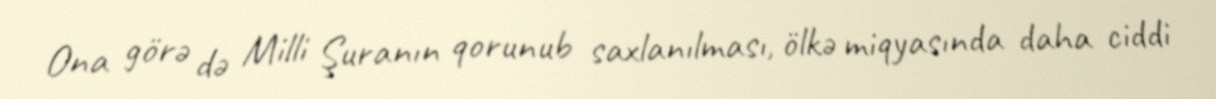
Ona görə də Milli Şuranın qorunub saxlanılması, ölkə miqyasında daha ciddi